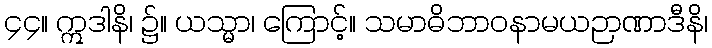
၄၄။ ဣဒါနိ၊ ၌။ ယသ္မာ၊ ကြောင့်။ သမာဓိဘာဝနာမယဉာဏာဒီနိ၊